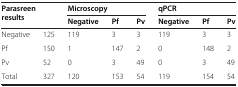
<table><thead><tr><td rowspan="2"><b>Parasreen results</b></td><td rowspan="2"><b> </b></td><td colspan="3"><b>Microscopy</b></td><td colspan="3"><b>qPCR</b></td></tr><tr><td><b>Negative</b></td><td><b>Pf</b></td><td><b>Pv</b></td><td><b>Negative</b></td><td><b>Pf</b></td><td><b>Pv</b></td></tr></thead><tbody><tr><td>Negative</td><td>125</td><td>119</td><td>3</td><td>3</td><td>119</td><td>3</td><td>3</td></tr><tr><td>Pf</td><td>150</td><td>1</td><td>147</td><td>2</td><td>0</td><td>148</td><td>2</td></tr><tr><td>Pv</td><td>52</td><td>0</td><td>3</td><td>49</td><td>0</td><td>3</td><td>49</td></tr><tr><td>Total</td><td>327</td><td>120</td><td>153</td><td>54</td><td>119</td><td>154</td><td>54</td></tr></tbody></table>